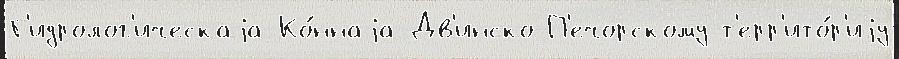
Г'идролог'ическаjа Ко́ннаjа Дв'инско-П'ечорскому т'ерр'ито́р'иjу